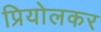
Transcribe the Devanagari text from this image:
प्रियोलकर